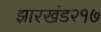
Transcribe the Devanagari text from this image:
झारखंड२१७